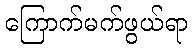
ကြောက်မက်ဖွယ်ရာ